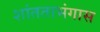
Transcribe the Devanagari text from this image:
शांतताभंगास